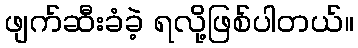
ဖျက်ဆီးခံခဲ့ ရလို့ဖြစ်ပါတယ်။